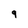
Character: 9